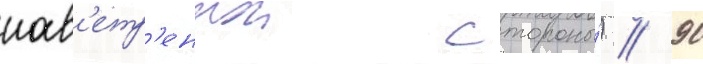
нав'етр'еннои стороны́) // 90